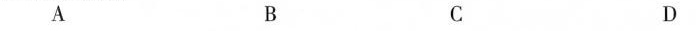
A B C D